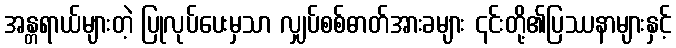
အန္တရာယ်များတဲ့ ပြုလုပ်ပေးမှသာ လျှပ်စစ်ဓာတ်အားခများ ၎င်းတို့၏ပြဿနာများနှင့်